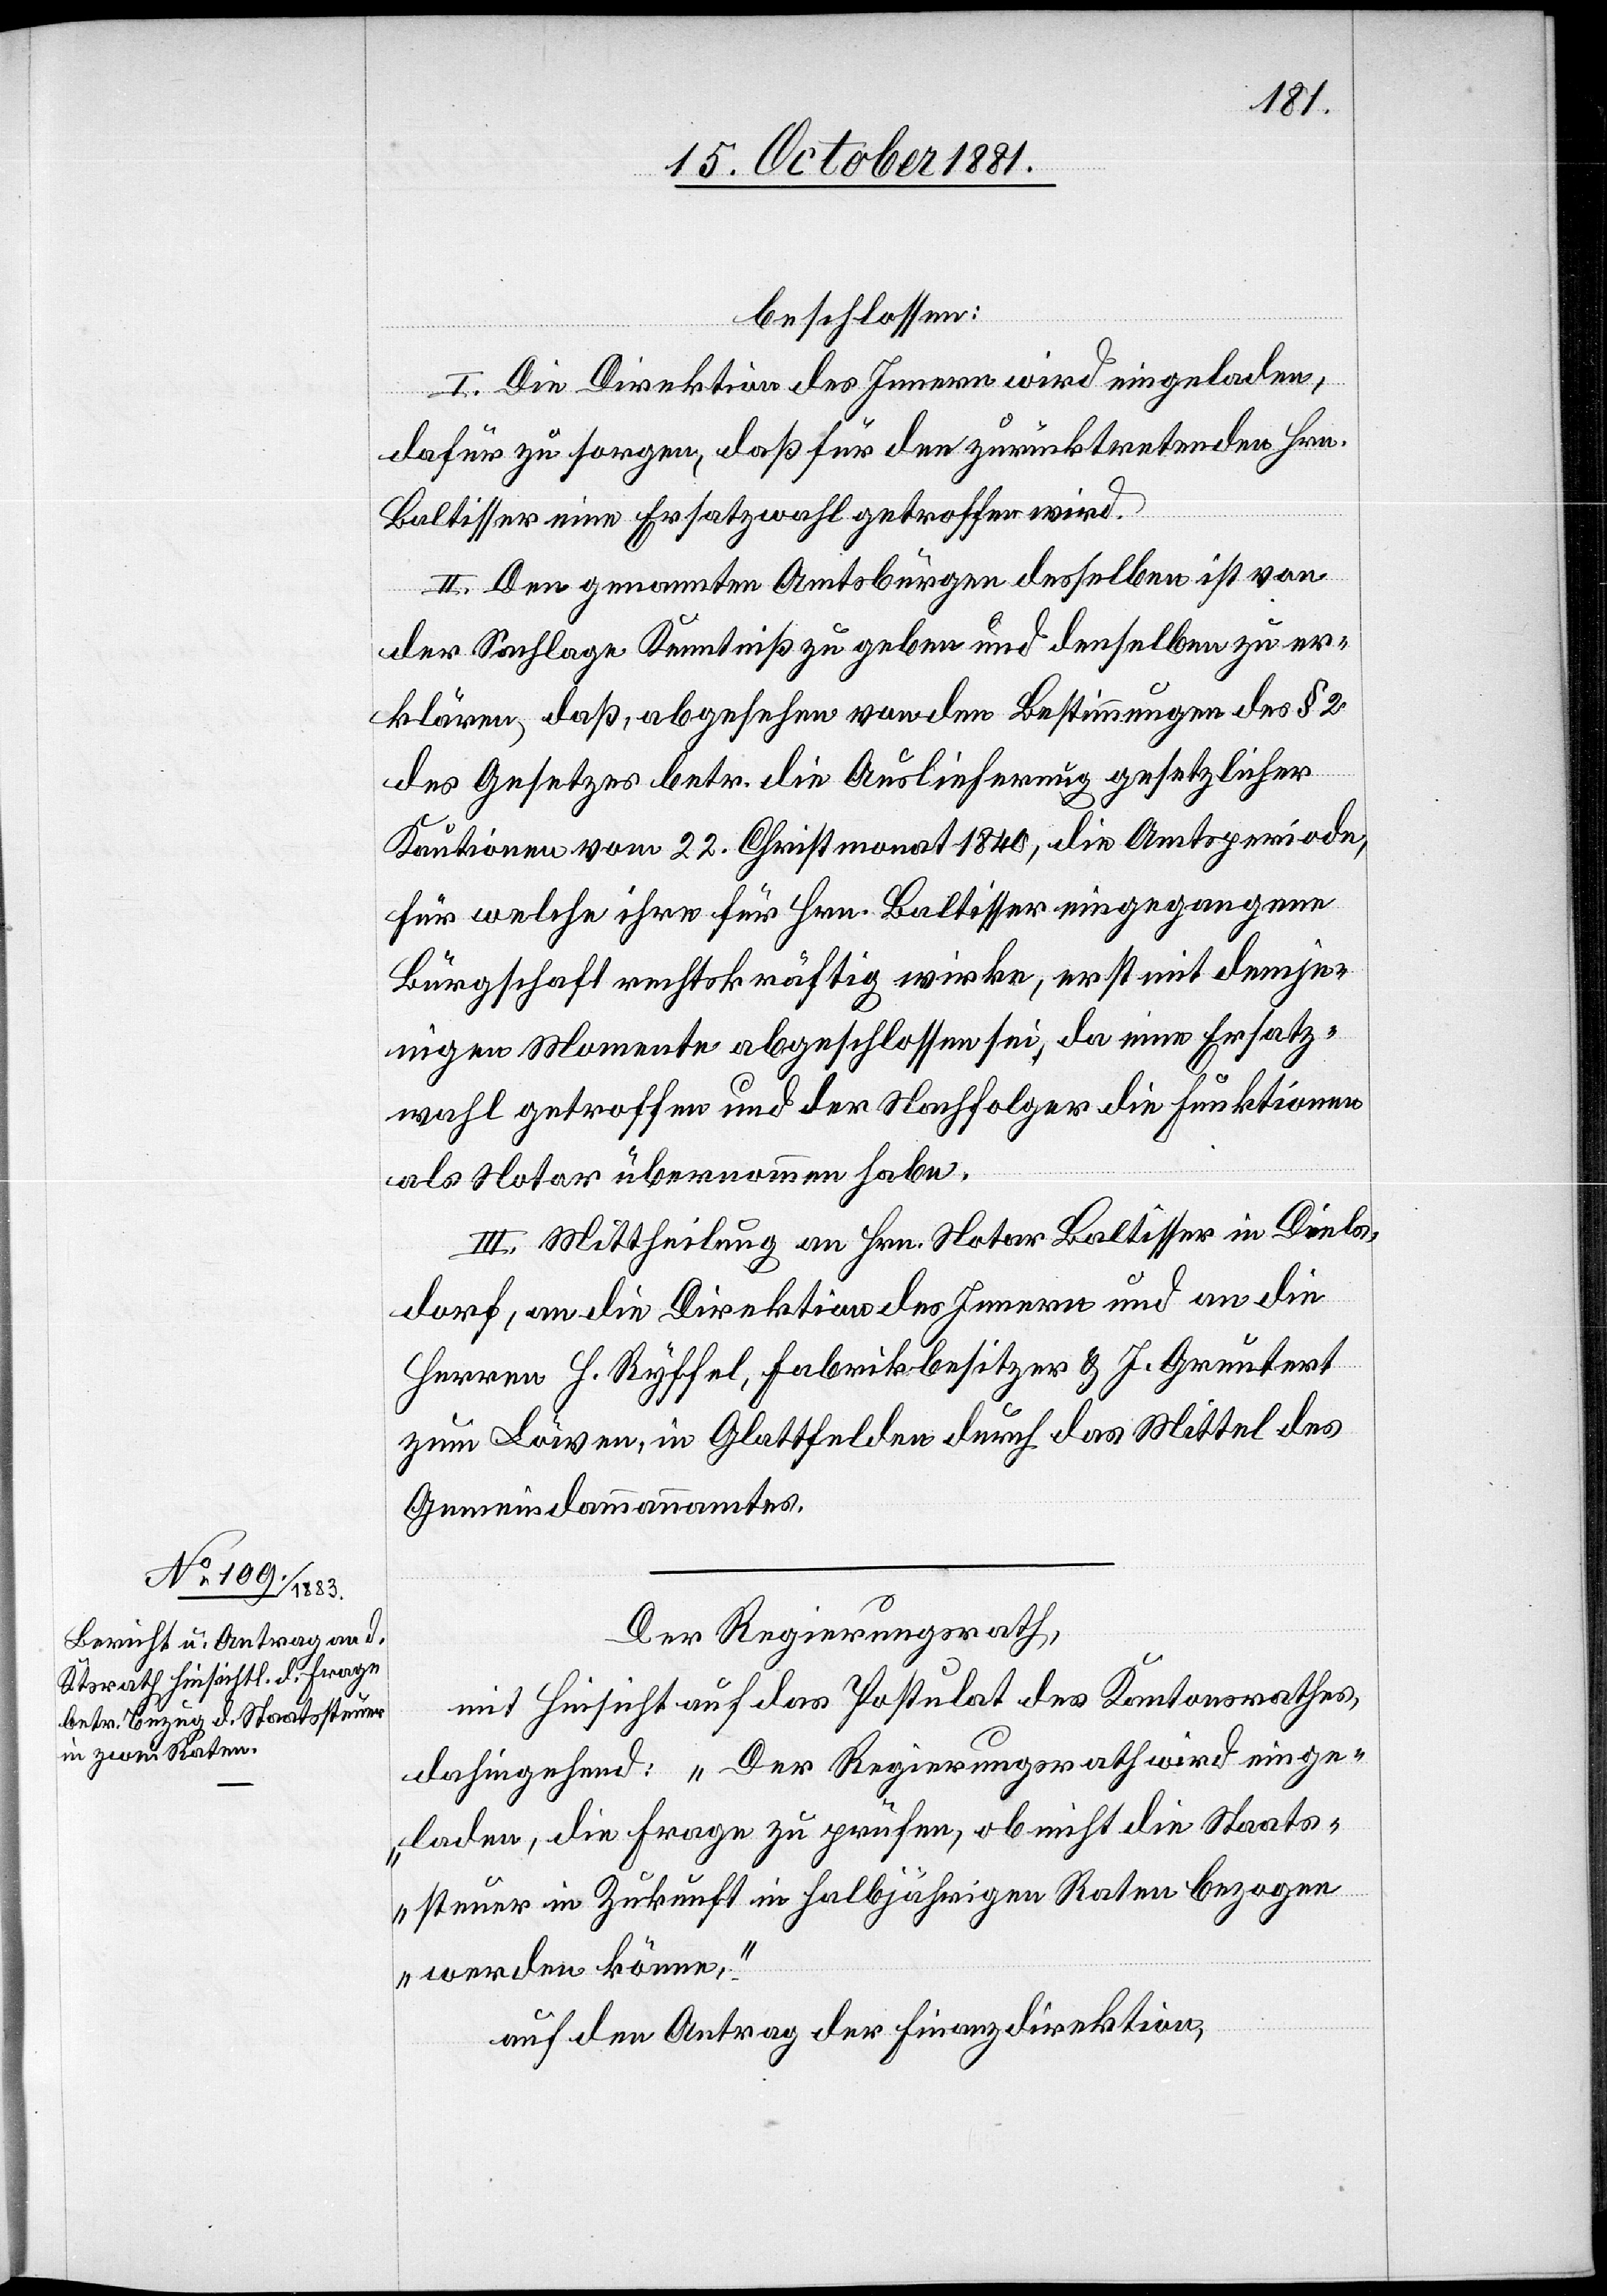
beschlossen:
I. Die Direktion des Innern wird eingeladen,
dafür zu sorgen, daß für den zurücktretenden Hrn.
Baltisser eine Ersatzwahl getroffen wird.
II. Den genannten Amtsbürgen desselben ist von
der Sachlage Kenntniß zu geben und denselben zu er¬
klären, daß, abgesehen von den Bestimmungen des § 2
des Gesetzes betr. die Auslieferung gesetzlicher
Kautionen vom 22. Christmonat 1840, die Amtsperiode,
für welche ihre für Hrn. Baltisser eingegangene
Bürgschaft rechtskräftig wirke, erst mit demje¬
nigen Momente abgeschlossen sei, da eine Ersatz¬
wahl getroffen und der Nachfolger die Funktionen
als Notar übernommen habe.
III. Mittheilung an Hrn. Notar Baltisser in Diels¬
dorf, an die Direktion des Innern und an die
Herren H. Ryffel, Fabrikbesitzer & J. Greutert
zum Löwen, in Glattfelden durch das Mittel des
Gemeindammannamtes.
Der Regierungsrath,
mit Hinsicht auf das Postulat des Kantonsrathes,
dahingehend: „Der Regierungsrath wird einge¬
laden, die Frage zu prüfen, ob nicht die Staats¬
steuer in Zukunft in halbjährigen Raten bezogen
werden könne“,
auf den Antrag der Finanzdirektion,